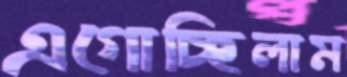
এগোচ্ছিলাম